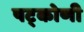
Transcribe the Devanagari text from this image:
षट्कोणी